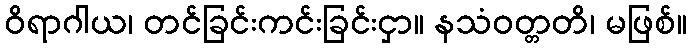
ဝိရာဂါယ၊ တင်ခြင်းကင်းခြင်းငှာ။ နသံဝတ္တတိ၊ မဖြစ်။